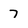
Character: 7